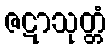
ဇဋာသုတ္တံ